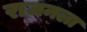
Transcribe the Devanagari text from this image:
राजनला